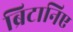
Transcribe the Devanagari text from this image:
ब्रिटानिए